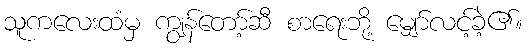
သူကလေးထံမှ ကျွန်တော့်ဆီ စာရေးဘို့ မျှော်လင့်ခဲ့၏။